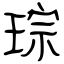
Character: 琮